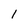
Character: l